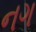
નગ